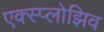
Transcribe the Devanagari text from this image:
एक्स्प्लोझिव